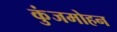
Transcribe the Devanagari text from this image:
कुंजमोहन